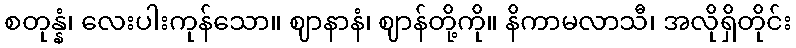
စတုန္နံ၊ လေးပါးကုန်သော။ ဈာနာနံ၊ ဈာန်တို့ကို။ နိကာမလာသီ၊ အလိုရှိတိုင်း